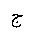
Letter: _gim